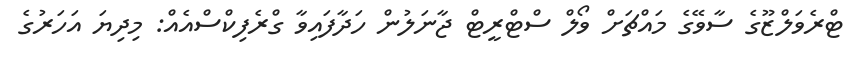
ޓްރެވަލްޒޫގެ ސާވޭގެ މައްޗަށް ވޯލް ސްޓްރީޓް ޖާނަލުން ހަދާފައިވާ ގްރެފިކްސްއެއް: މިދިޔަ އަހަރުުގެ